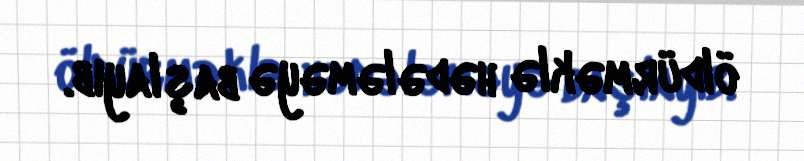
öldürməklə hədələməyə başlayıb.